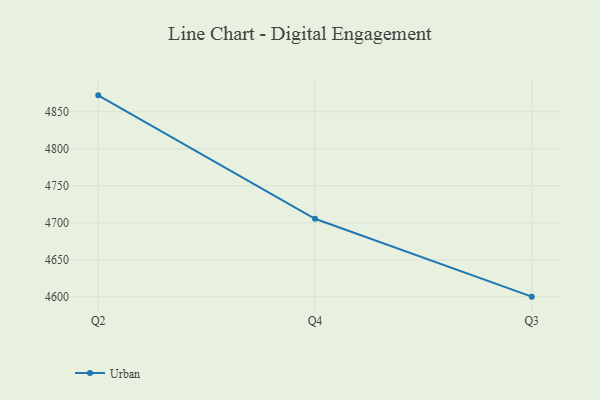
{"axis": {"x": "Quarter", "y": "Backlog"}, "legend": ["Urban"], "data": [{"x": "Q2", "y": 4872.3, "type": "Urban"}, {"x": "Q4", "y": 4705.4, "type": "Urban"}, {"x": "Q3", "y": 4600.1, "type": "Urban"}]}